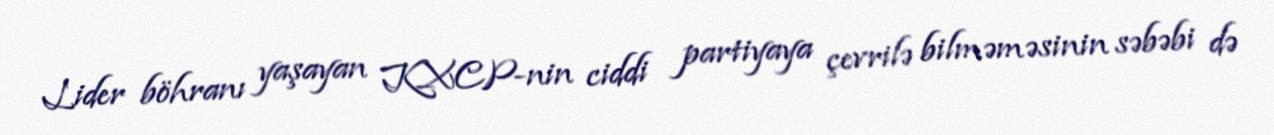
Lider böhranı yaşayan KXCP-nin ciddi partiyaya çevrilə bilməməsinin səbəbi də